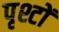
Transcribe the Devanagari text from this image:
पृश्टों